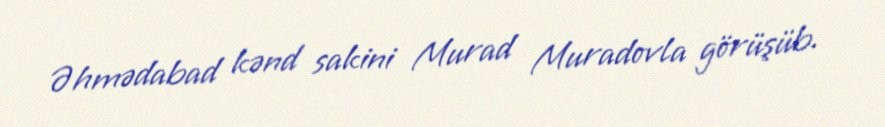
Əhmədabad kənd sakini Murad Muradovla görüşüb.